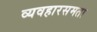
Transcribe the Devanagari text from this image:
व्यवहारसमता